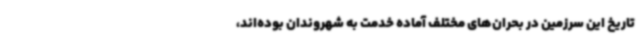
تاریخ این سرزمین در بحران‌های مختلف آماده خدمت به شهروندان بوده‌اند،